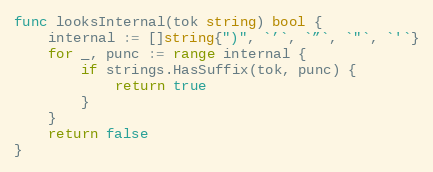
Language: Go
func looksInternal(tok string) bool {
	internal := []string{")", `’`, `”`, `"`, `'`}
	for _, punc := range internal {
		if strings.HasSuffix(tok, punc) {
			return true
		}
	}
	return false
}